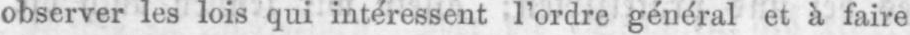
observer les lois qui intéressent l’ordre général et à faire